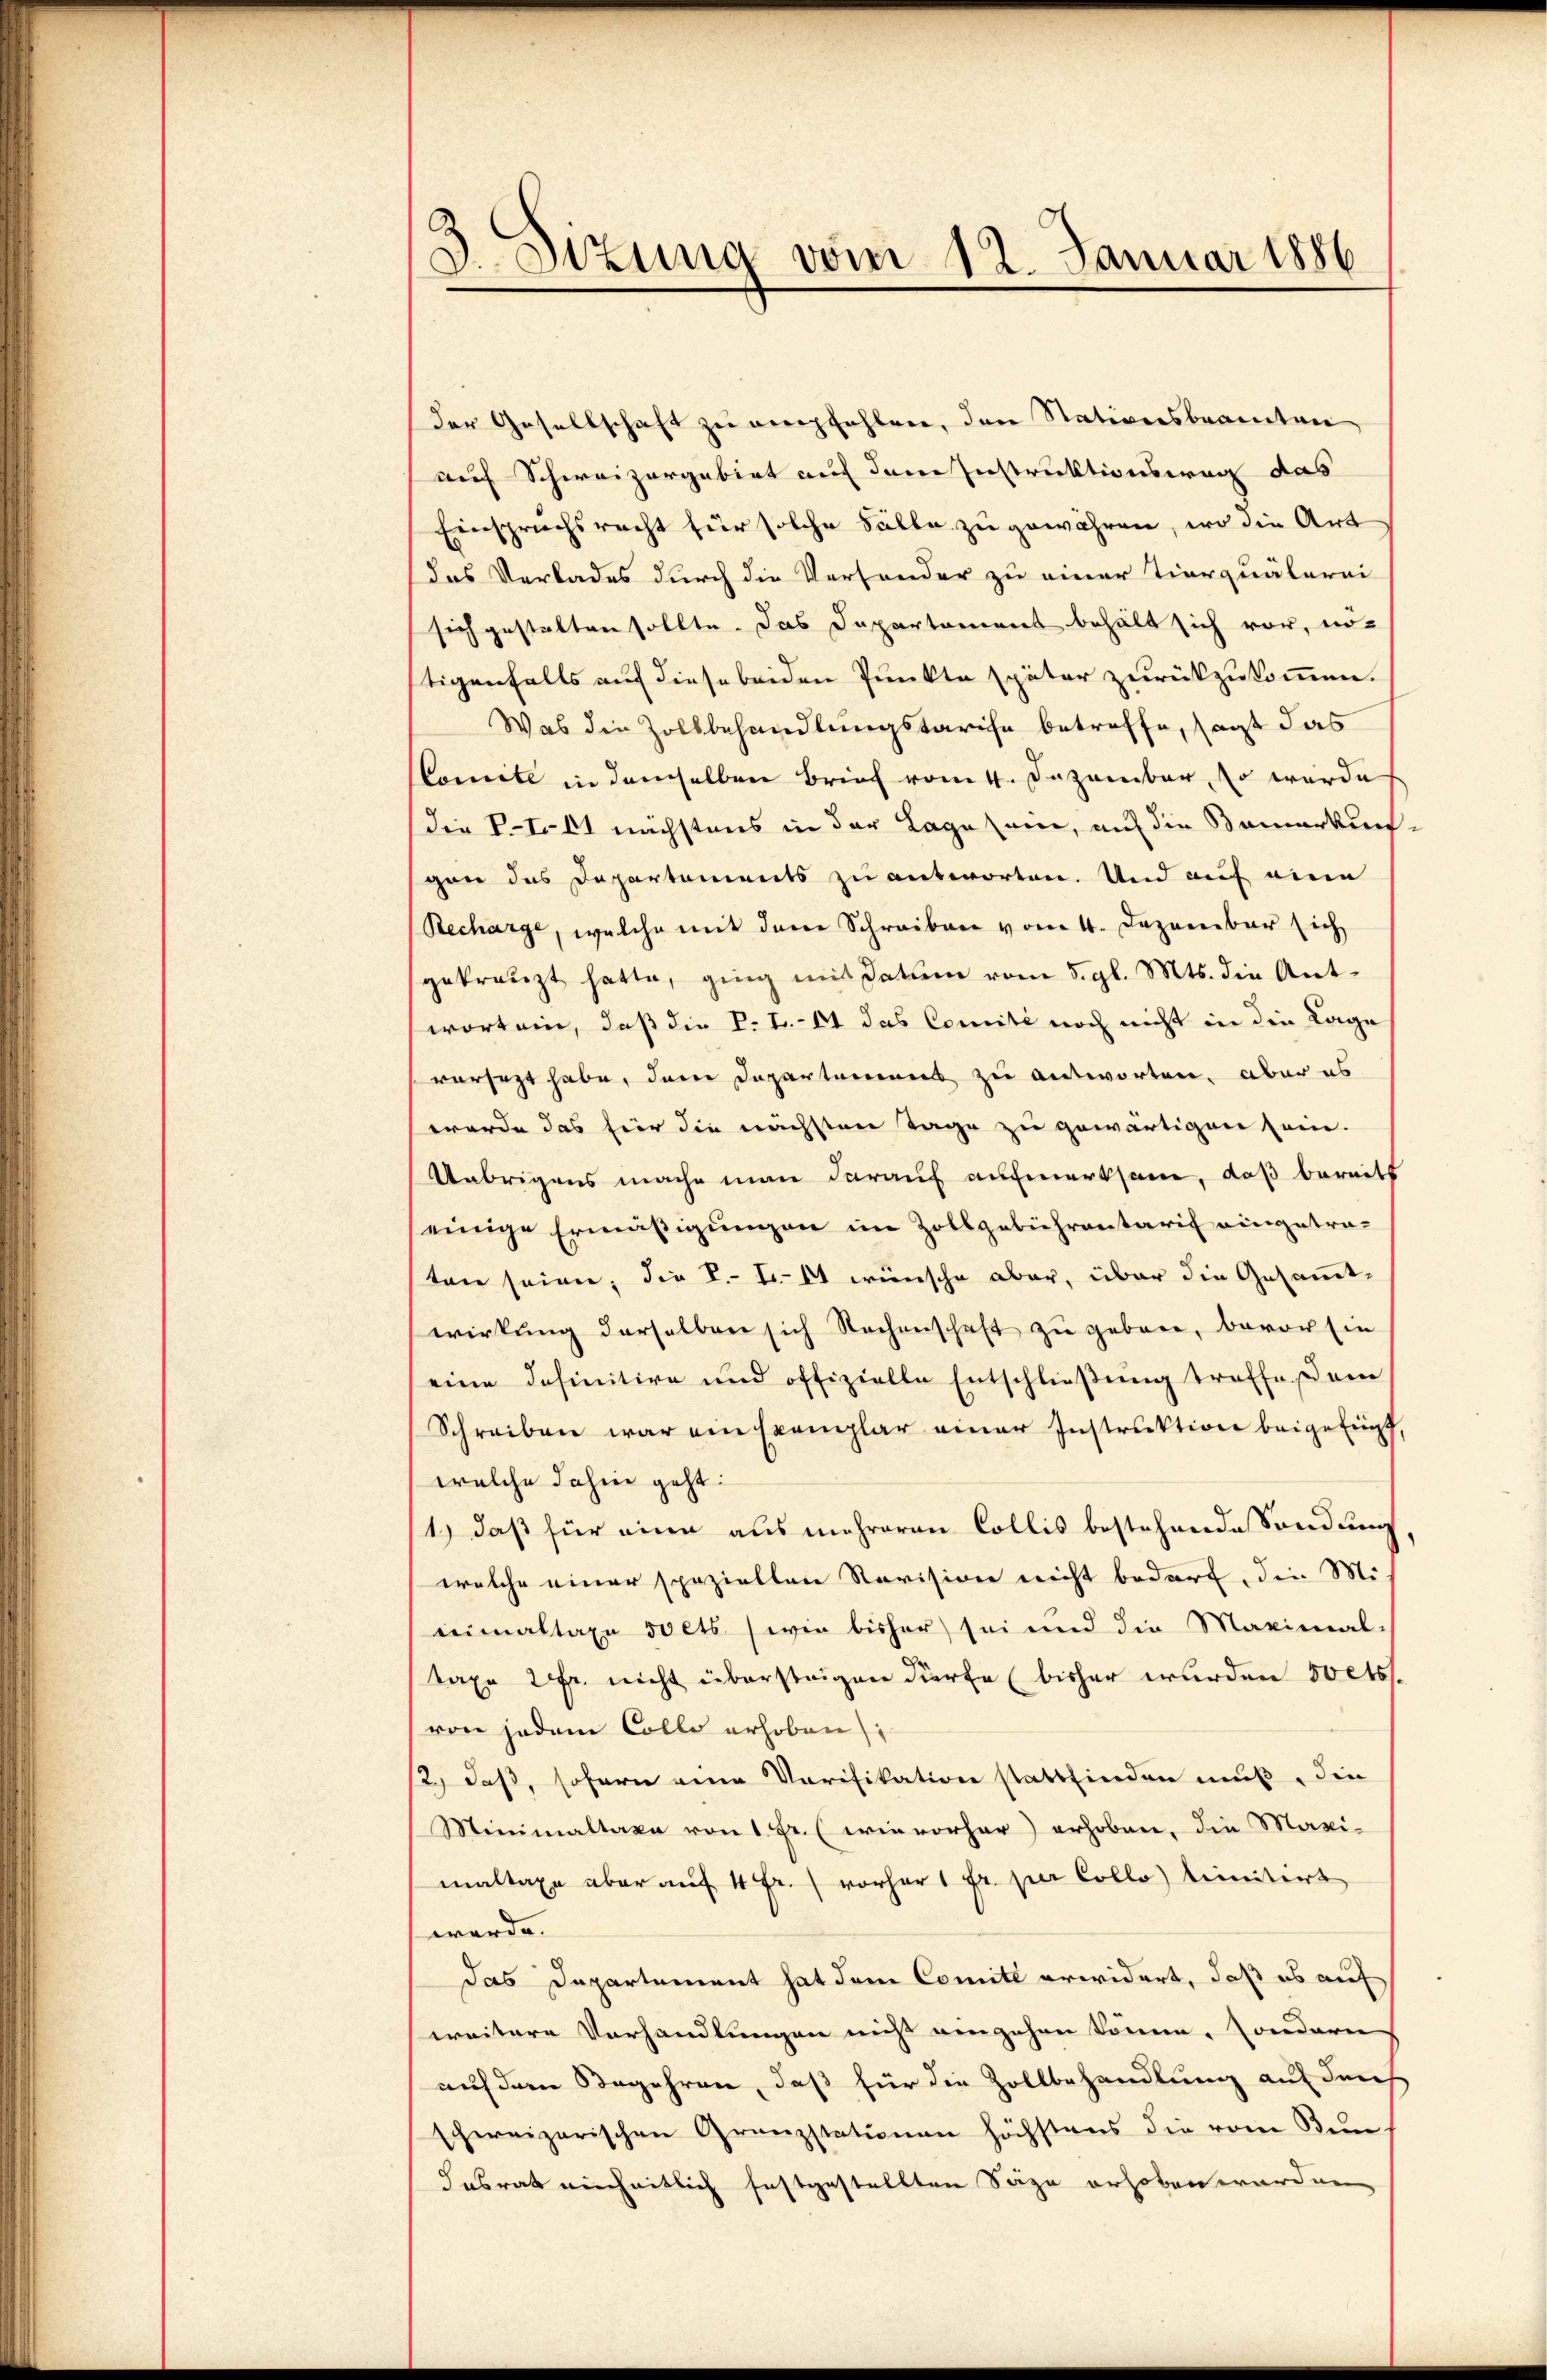
3. Sizung vom 12. Januar 1886

der Gesellschaft zu empfehlen, den Stationsbeamten
auf Schweizergebiet auf dem Instruktionsweg das
Einspruchsrecht für solche Fälle zu gewähren, wo die Art
das Verlades durch die Versonder zu einer Tierquälerei
sich gestalten sollte. Das Departement behält sich vor, no-
tigenfalls auf diese beiden Punkte später zurückzukommen.
Was die Zollbehandlungstarife betreffe, sagt das
Comite in demselben Brief vom 4. Dezember, so werde
(die VI. 41 nächstens in der Lage sum, auf die Bemerkungen des Departements zu antworten. Und auf eine
Recharge, welche mit dem Schreiben vom 4. Dezember sich
gekränzt hatte, ging mit Datum vom 5. gl. Mts. die Antwort ein, daß die P. T. 44 das Comité noch nicht in die Lage
versezt habe, dem Departemens zu antworten, aber es
werde das für die nächsten Tage zu gewärtigen sein.
Uebrigens mache man darauf aufmerksam, daß bereits
einige Ermäßigungen im Zollgebührentaris eingetraten seien; die V.- Er wünsche aber, über die Gesammtwirkŭng derselben sich Rachenschaft zu geben, bevor sin
eine definitive und offizielle Entschlieβŭng troffe ein
Schreiben war ein Exemplar einer Instruktion beigefünf,
welche dahin geht:
1.) daß für eine aus mehreren Collis bestehende Sendung
welche einer speziellen Revision nicht bedarf, die Mieimaltaxe 50 cts. wie bisher sei und die Maximal-
Taxe 2fr. nicht übersteigen dürfe (bisher wurden 50 cts.
von jedem Colle erhoben
se, daß, sofern eine Verifikation stattfinden muß, die
Minimaltaxe von 1 Fr. (wie vorher) erhoben, die Maxi-
maltaxe aber auf 4 fr.) vorher 1 Fr. per Collo limitiert
werde.
das Departement hat dem Comite erwidert, daß es auf
weitere Vorhandlungen nicht eingehen könne, sondern
auf dem Begehren, daß für die Zollbehandlung auf durch
schweizerischen Granzstationen höchstens die vom Bun-
Jabrat einheitlich festgestellten Säge erhoben worden